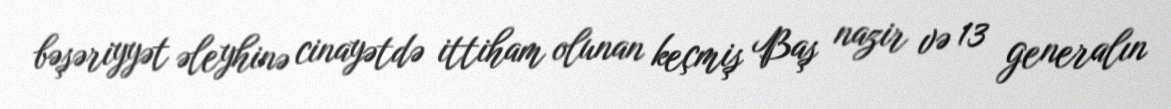
bəşəriyyət əleyhinə cinayətdə ittiham olunan keçmiş Baş nazir və 13 generalın